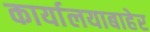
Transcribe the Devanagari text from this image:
कार्यालयाबाहेर